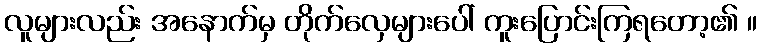
လူများလည်း အနောက်မှ တိုက်လှေများပေါ် ကူးပြောင်းကြရတော့၏ ။